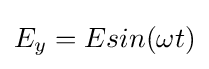
E_{y}=Esin(\omega t)